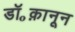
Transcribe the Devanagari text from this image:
डॉ॰क़ानून